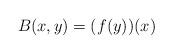
LaTeX: \begin{gather*}B(x,y) = (f(y))(x) \end{gather*}